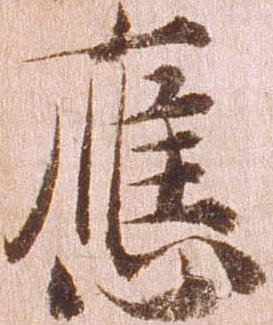
応